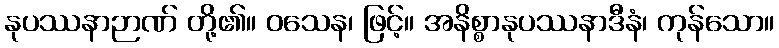
နုပဿနာဉာဏ် တို့၏။ ဝသေန၊ ဖြင့်။ အနိစ္စာနုပဿနာဒီနံ၊ ကုန်သော။